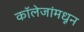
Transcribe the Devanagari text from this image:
कॉलेजांमधून